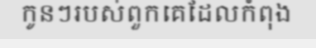
កូនៗរបស់ពួកគេដែលកំពុង